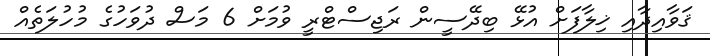
ޤަވާއިދާއި ޚިލާފަށް އުޅޭ ބިދޭސީން ރަޖިސްޓްރީ ވުމަށް 6 މަސް ދުވަހުގެ މުހުލަތެއް